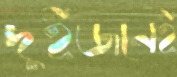
দুইজনেই